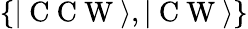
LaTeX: \{ \vert\mathrm{~C~C~W~}\rangle,\vert\mathrm{~C~W~}\rangle\}